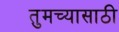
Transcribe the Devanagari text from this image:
तुमच्यासाठी